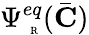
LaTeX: \Psi_{\mathrm{~\tiny~R~}}^{eq}(\bar{\mathbf{C}})